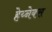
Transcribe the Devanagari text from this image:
हेय्नेक्स